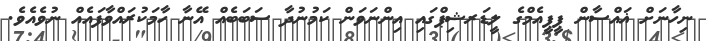
ނިހާނަށް ޣައްސާން ޕީީޕީއެމްގެ ލީޑަރޝިޕްގައި އިންނަވަން ކަމުނުދާ ސަބަބެއް އޭނާ ހާމަކުރައްވާފައެއް ނުވެއެވެ.